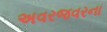
અવરજવરના